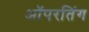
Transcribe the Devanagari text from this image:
ऑपरतिंग